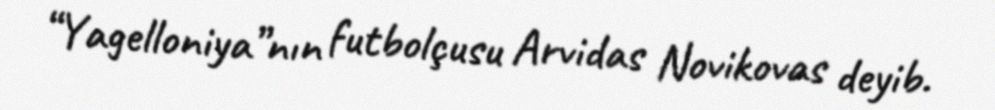
“Yagelloniya”nın futbolçusu Arvidas Novikovas deyib.